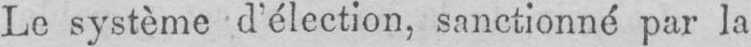
Le système d’élection, sanctionné par la